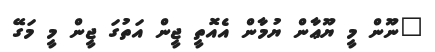
"ނޫން މީ ޔޫޢާން ޔުމާން އެއޮތީ ޖީން އަތުގަ ޖީން މީ މަގޭ